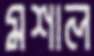
মশাল